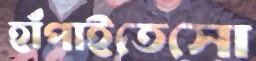
হাঁপাইতেসো